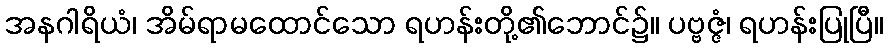
အနဂါရိယံ၊ အိမ်ရာမထောင်သော ရဟန်းတို့၏ဘောင်၌။ ပဗ္ဗဇ္ဇံ၊ ရဟန်းပြုပြီ။